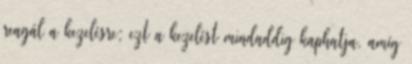
reagál a kezelésre; ezt a kezelést mindaddig kaphatja, amíg